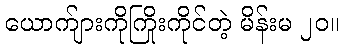
ယောက်ျားကိုကြိုးကိုင်တဲ့ မိန်းမ ၂၀။